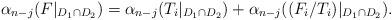
LaTeX: \begin{align*} \alpha_{n-j}(F|_{D_1 \cap D_2}) = \alpha_{n-j}(T_i|_{D_1 \cap D_2}) + \alpha_{n-j}((F_i/T_i)|_{D_1 \cap D_2}).\end{align*}